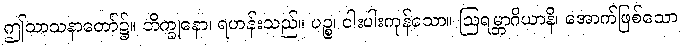
ဤသာသနာတော်၌။ ဘိက္ခုနော၊ ရဟန်းသည်။ ပဉ္စ၊ ငါးပါးကုန်သော။ ဩရမ္ဘာဂိယာနိ၊ အောက်ဖြစ်သော